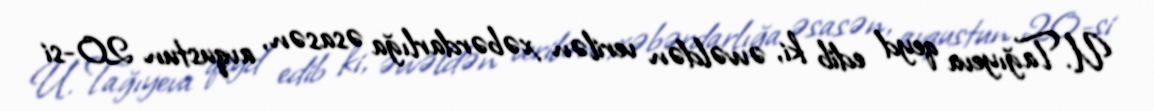
U. Tağıyeva qeyd edib ki, əvvəldən verilən xəbərdarlığa əsasən, avqustun 20-si